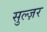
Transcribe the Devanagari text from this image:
सुल्ज़र